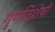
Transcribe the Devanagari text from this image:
गुणविशेषों